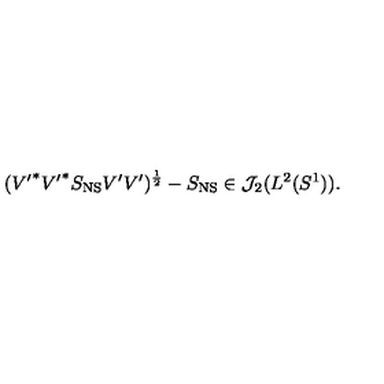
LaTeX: ( { V ^ { \prime } } ^ { * } { V ^ { \prime } } ^ { * } S _ { \mathrm { N S } } V ^ { \prime } V ^ { \prime } ) ^ { \frac { 1 } { 2 } } - S _ { \mathrm { N S } } \in { \cal J } _ { 2 } ( L ^ { 2 } ( S ^ { 1 } ) ) .